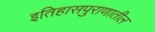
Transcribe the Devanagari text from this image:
इतिहासपुराणातील